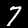
Label: 7